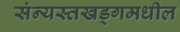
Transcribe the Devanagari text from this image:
संन्यस्तखड्गमधील